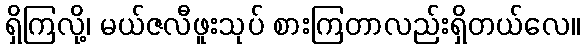
ရှိကြလို့၊ မယ်ဇလီဖူးသုပ် စားကြတာလည်းရှိတယ်လေ။